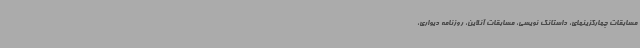
مسابقات چهارگزینهای، داستانک نویسی، مسابقات آنلاین، روزنامه دیواری،